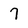
Character: 7